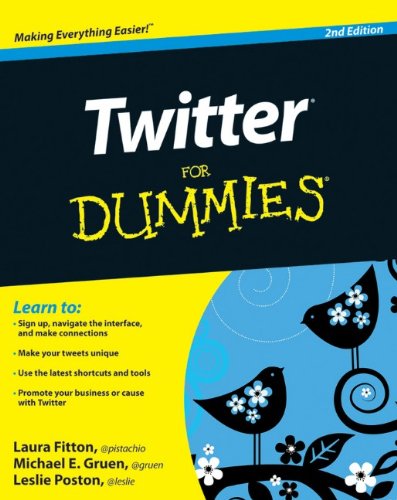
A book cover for Twitter For Dummies; Laura Fitton; Computers & Technology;